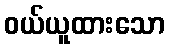
ဝယ်ယူထားသော